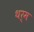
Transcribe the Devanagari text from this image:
थर्म